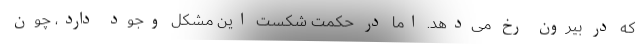
که در بیرون رخ می‌دهد. اما در حکمتِ شکست این مشکل وجود دارد، چون